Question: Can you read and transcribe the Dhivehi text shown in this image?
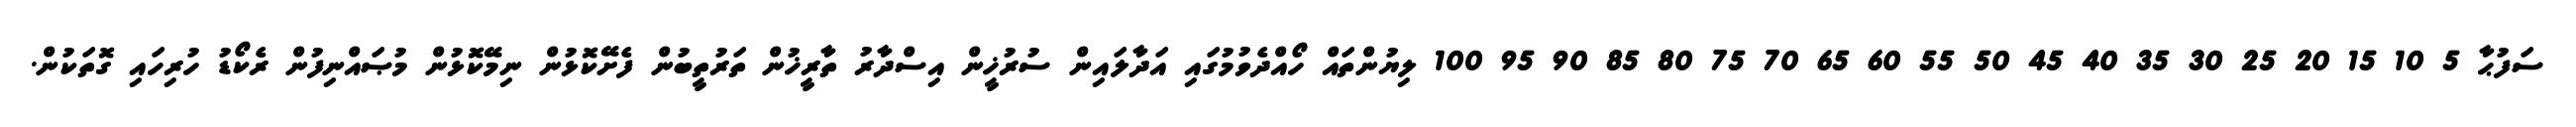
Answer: ސަފުޙާ 5 10 15 20 25 30 35 40 45 50 55 60 65 70 75 80 85 90 95 100 ލިޔުންތައް ހޯއްދެވުމުގައި އަދާލައިން ސުރުޚީން އިސްދާރު ތާރީޚުން ތަރުތީބުން ފެށޭކޮޅުން ނިމޭކޮޅުން މުޞައްނިފުން ރެކޯޑު ހުރިހައި ގޮތަކުން.